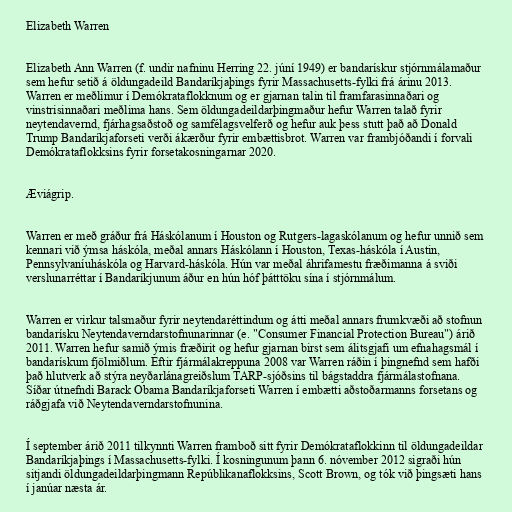
Elizabeth Warren

Elizabeth Ann Warren (f. undir nafninu Herring 22. júní 1949) er bandarískur stjórnmálamaður
sem hefur setið á öldungadeild Bandaríkjaþings fyrir Massachusetts-fylki frá árinu 2013.
Warren er meðlimur í Demókrataflokknum og er gjarnan talin til framfarasinnaðari og
vinstrisinnaðari meðlima hans. Sem öldungadeildarþingmaður hefur Warren talað fyrir
neytendavernd, fjárhagsaðstoð og samfélagsvelferð og hefur auk þess stutt það að Donald
Trump Bandaríkjaforseti verði ákærður fyrir embættisbrot. Warren var frambjóðandi í forvali
Demókrataflokksins fyrir forsetakosningarnar 2020.

Æviágrip.

Warren er með gráður frá Háskólanum í Houston og Rutgers-lagaskólanum og hefur unnið sem
kennari við ýmsa háskóla, meðal annars Háskólann í Houston, Texas-háskóla í Austin,
Pennsylvaníuháskóla og Harvard-háskóla. Hún var meðal áhrifamestu fræðimanna á sviði
verslunarréttar í Bandaríkjunum áður en hún hóf þátttöku sína í stjórnmálum.

Warren er virkur talsmaður fyrir neytendaréttindum og átti meðal annars frumkvæði að stofnun
bandarísku Neytendaverndarstofnunarinnar (e. "Consumer Financial Protection Bureau") árið
2011. Warren hefur samið ýmis fræðirit og hefur gjarnan birst sem álitsgjafi um efnahagsmál í
bandarískum fjölmiðlum. Eftir fjármálakreppuna 2008 var Warren ráðin í þingnefnd sem hafði
það hlutverk að stýra neyðarlánagreiðslum TARP-sjóðsins til bágstaddra fjármálastofnana.
Síðar útnefndi Barack Obama Bandaríkjaforseti Warren í embætti aðstoðarmanns forsetans og
ráðgjafa við Neytendaverndarstofnunina.

Í september árið 2011 tilkynnti Warren framboð sitt fyrir Demókrataflokkinn til öldungadeildar
Bandaríkjaþings í Massachusetts-fylki. Í kosningunum þann 6. nóvember 2012 sigraði hún
sitjandi öldungadeildarþingmann Repúblikanaflokksins, Scott Brown, og tók við þingsæti hans
í janúar næsta ár.